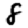
Digit: 8